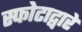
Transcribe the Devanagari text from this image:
स्फोटाद्वारे